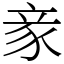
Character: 豙